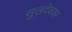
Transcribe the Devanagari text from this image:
सुखदेववर